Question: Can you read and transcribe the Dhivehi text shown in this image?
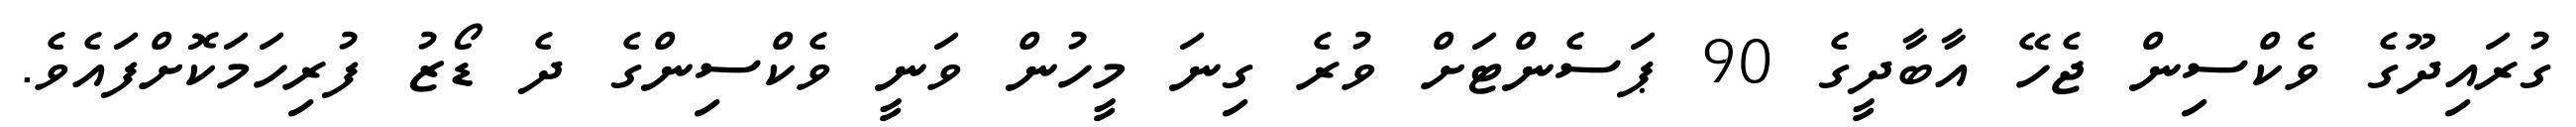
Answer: ގުރައިދޫގެ ވެކްސިން ޖެހޭ އާބާދީގެ 90 ޕަސެންޓަށް ވުރެ ގިނަ މީހުން ވަނީ ވެކްސިންގެ ދެ ޑޯޒު ފުރިހަމަކޮށްފައެވެ.